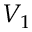
V _ { 1 }